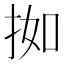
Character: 𫼰